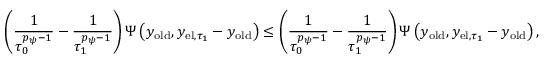
\left( \frac { 1 } { \tau _ { 0 } ^ { p _ { \psi } - 1 } } - \frac { 1 } { \tau _ { 1 } ^ { p _ { \psi } - 1 } } \right) \Psi \left( y _ { \mathrm { o l d } } , y _ { \mathrm { e l } , \tau _ { 1 } } - y _ { \mathrm { o l d } } \right) \leq \left( \frac { 1 } { \tau _ { 0 } ^ { p _ { \psi } - 1 } } - \frac { 1 } { \tau _ { 1 } ^ { p _ { \psi } - 1 } } \right) \Psi \left( y _ { \mathrm { o l d } } , y _ { \mathrm { e l } , \tau _ { 1 } } - y _ { \mathrm { o l d } } \right) ,